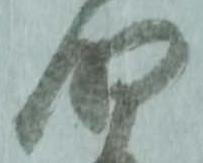
明